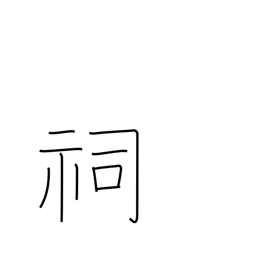
Meaning: small shrine